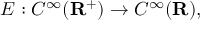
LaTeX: \displaystyle { E : C ^ { \infty } ( \mathbf { R } ^ { + } ) \rightarrow C ^ { \infty } ( \mathbf { R } ) , }